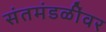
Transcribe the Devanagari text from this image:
संतमंडळींवर